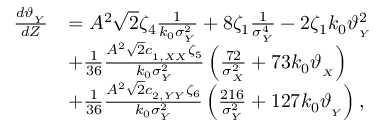
\begin{array} { r l } { \frac { d \vartheta _ { _ { Y } } } { d Z } } & { = A ^ { 2 } \sqrt { 2 } \zeta _ { 4 } \frac { 1 } { k _ { 0 } \sigma _ { _ Y } ^ { 2 } } + 8 \zeta _ { 1 } \frac { 1 } { \sigma _ { _ Y } ^ { 4 } } - 2 \zeta _ { 1 } k _ { 0 } \vartheta _ { _ { Y } } ^ { 2 } } \\ & { + \frac { 1 } { 3 6 } \frac { A ^ { 2 } \sqrt { 2 } c _ { _ { 1 , X X } } \zeta _ { 5 } } { k _ { 0 } \sigma _ { _ Y } ^ { 2 } } \left( \frac { 7 2 } { \sigma _ { _ X } ^ { 2 } } + 7 3 k _ { 0 } \vartheta _ { _ { X } } \right) } \\ & { + \frac { 1 } { 3 6 } \frac { A ^ { 2 } \sqrt { 2 } c _ { _ { 2 , Y Y } } \zeta _ { 6 } } { k _ { 0 } \sigma _ { _ Y } ^ { 2 } } \left( \frac { 2 1 6 } { \sigma _ { _ Y } ^ { 2 } } + 1 2 7 k _ { 0 } \vartheta _ { _ { Y } } \right) , } \end{array}